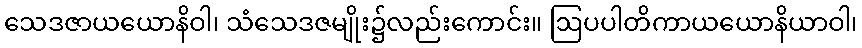
သေဒဇာယယောနိဝါ၊ သံသေဒဇမျိုး၌လည်းကောင်း။ ဩပပါတိကာယယောနိယာဝါ၊